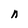
Character: n